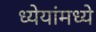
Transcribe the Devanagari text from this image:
ध्येयांमध्ये